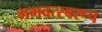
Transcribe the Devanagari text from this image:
भगवत्स्वरूप